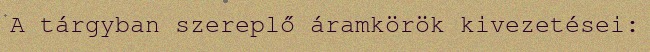
A tárgyban szereplő áramkörök kivezetései: